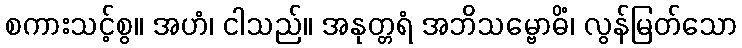
စကားသင့်စွ။ အဟံ၊ ငါသည်။ အနုတ္တရံ အဘိသမ္ဗောဓိံ၊ လွန်မြတ်သော